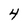
Character: 4